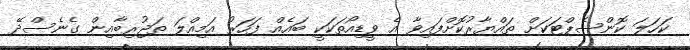
ކަހަލަ ކޮންސެޕްޓަކަށް ތައްޔާރުކޮށްފައިވާ އެ ވީޑިއޯތަކަކީ ބައެއް ފަހަރު އަމިއްލަ ތަޖުރިބާއިން ގެނެސްދޭ